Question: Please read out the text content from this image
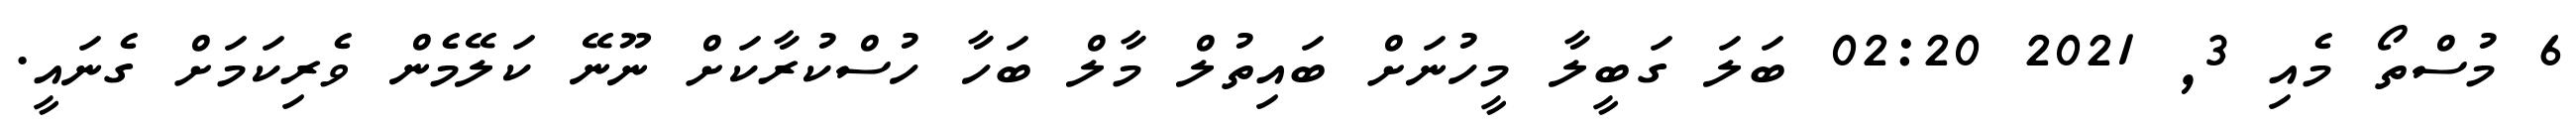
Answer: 6 މުސްތޯ މެއި 3, 2021 02:20 ބަލަ ގަބީލާ މީހުނަށް ބައިތުލް މާލް ބަހާ ހުސްކުރާކަށް ނޫނޭ ކަލޭމެން ވެރިކަމަށް ގެނައީ.